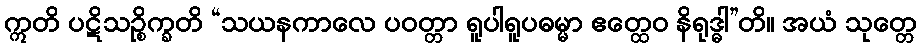
ဣတိ ပဋိသဉ္စိက္ခတိ “သယနကာလေ ပဝတ္တာ ရူပါရူပဓမ္မာ ဧတ္ထေဝ နိရုဒ္ဓါ”တိ။ အယံ သုတ္တေ